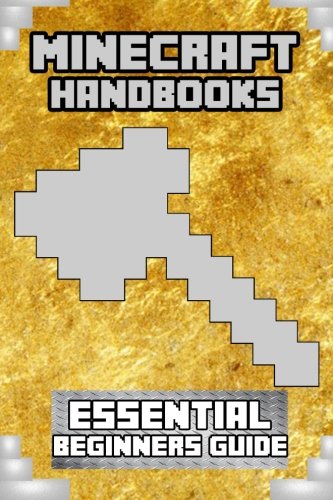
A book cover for Minecraft Handbooks: Essential Beginners Guide (Volume 2); Steve Does Minecraft; Children's Books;